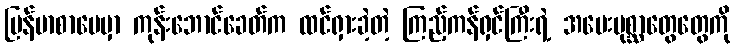
မြန်မာစာပေမှာ ကုန်းဘောင်ခေတ်က ထင်ရှားခဲ့တဲ့ ကြည့်ကန်ရှင်ကြီးရဲ့ အမေးပုစ္ဆာတွေတွေကို